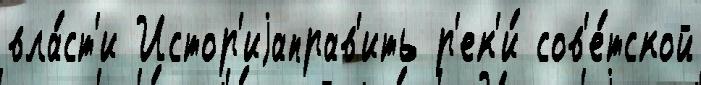
вла́ст'и Истор'иjаправ'ить р'ек'и́ сов'е́тской